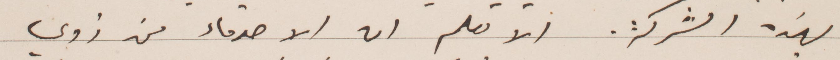
بهذه الشركة. الا تعلم ان الأصدقاء من ذوي